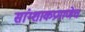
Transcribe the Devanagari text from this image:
सांग्शाकप्रमाणेच